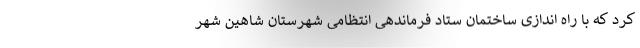
کرد که با راه اندازی ساختمان ستاد فرماندهی انتظامی شهرستان شاهین شهر